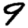
Digit: 9